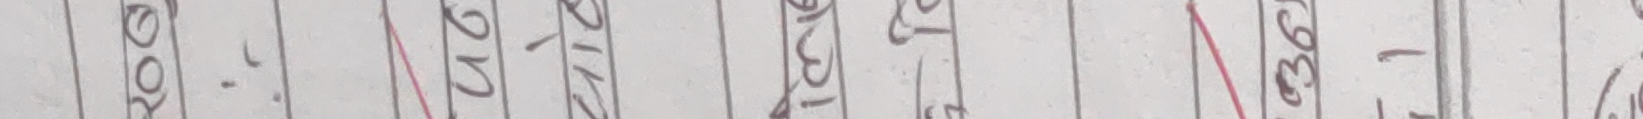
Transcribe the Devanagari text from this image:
२००- २१२ २१३ ३७६ १(